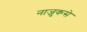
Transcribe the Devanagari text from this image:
नाजुकसे